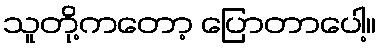
သူတို့ကတော့ ပြောတာပေါ့။